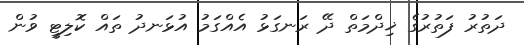
ދަތުރު ފަތުރުގެ ޚިދްމަތް ދޭ ރަނގަޅު އެއްގަމު އުޅަނދު ތައް ކޮލިޓީ ވުން